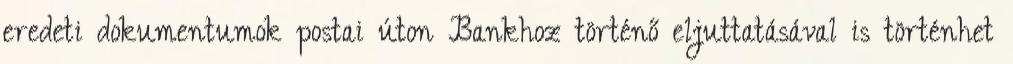
eredeti dokumentumok postai úton Bankhoz történő eljuttatásával is történhet